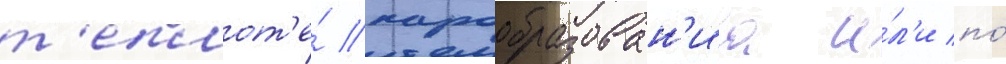
т'еплот'е́ парообразован'иа и́л'и по́